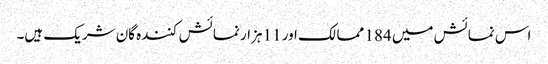
اس نمائش میں 184 ممالک اور 11 ہزار نمائش کنندہ گان شریک ہیں۔